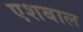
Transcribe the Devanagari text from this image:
एशबाल